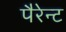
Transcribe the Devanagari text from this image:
पैरेन्ट